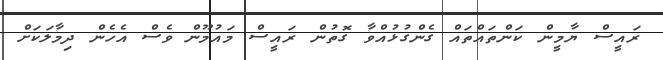
ރައީސް ޔާމީން ކަންތައްތައް ގެންގުޅުއްވާ ގޮތުން ރައީސް މައުމޫން ވެސް އެހެން ދިމާލަކަށް